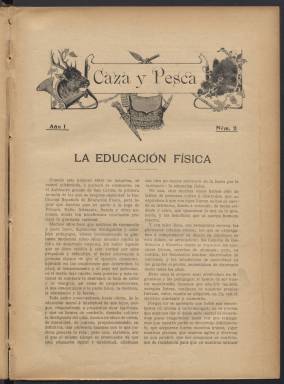
Título: Caza y pesca (Madrid. 1911)
Colección: Caza y pesca
Ámbito geográfico: Madrid
Lugar de publicación: Madrid
Fechas: 01/01/1911-15/11/1919

Revista de periodicidad quincenal que fue publicada por la Asociación General de Cazadores y Pescadores de España y que como es natural estaba destinada a informar de la vida interna de esta asociación, de concursos y competiciones, de legislación y de todo lo relacionado con las técnicas y curiosidades del mundo cinegético y de la pesca, incluida la información sobre escopetas y cañas, y sobre perros.

  Uno de los aspectos destacados de la revista es que abordaba el deporte en general y en sus páginas se pueden encontrar reportajes dedicados a la naciente aviación y a las no menos nuevas actividades de comienzos del siglo XX como el automovilismo y el fútbol, escrito todavía en inglés ‘foot-ball’. Aunque lo que predomina son sobre todo los reportajes dedicados a la caza, más que a la pesca.

  En su primer número, los editores de la revista afirman que esta se publicaba porque era una necesidad sentida desde hace tiempo y afirmaban: ‘no tenía razón de ser que el más antiguo de los ejercicios físicos, el noble arte de la caza, el deporte más generalizado, más interesante y que con más devotos cuenta en el mundo entero, careciese de un periódico en la actualidad’.

  En este primer número aparece una de las secciones fijas de la publicación dedicada a importantes personajes de la época que practicaban la caza. Inicia la serie el Rey Alfonso XIII, de quien el autor del reportaje da algunos datos sorprendentes como es este: ‘La caza que más le gusta al rey es la de la perdiz, y ha llegado a tirarla de tan asombroso modo que en Santa Cruz de Mudela, el año pasado, mató en un ojeo doble 258 perdices, cifra que no se recuerda haya alcanzado ningún cazador español’.

  La publicación constaba de una media de 16 páginas e incluía dibujos y fotografías que hacían más amena su lectura. Entre las fotografías figuran de manera destacada las de los cazadores de la citada sección. A partir del número 9 figura en la portada un sumario con el contenido de las páginas interiores que hace más fácil la consulta.

  La colección de la Biblioteca Nacional de España concluye con el número 206 del 15 de noviembre de 1919. No da la impresión de que este fuera el último que se publicaba, pero tampoco parece que la revista se prolongara mucho más porque no ha dejado rastro en la década de 1920.

[Descripción publicada el 20/09/2024]